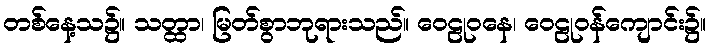
တစ်နေ့သ၌။ သတ္ထာ၊ မြတ်စွာဘုရားသည်။ ဝေဠုဝနေ၊ ဝေဠုဝန်ကျောင်း၌။